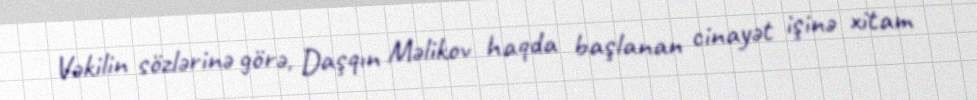
Vəkilin sözlərinə görə, Daşqın Məlikov haqda başlanan cinayət işinə xitam